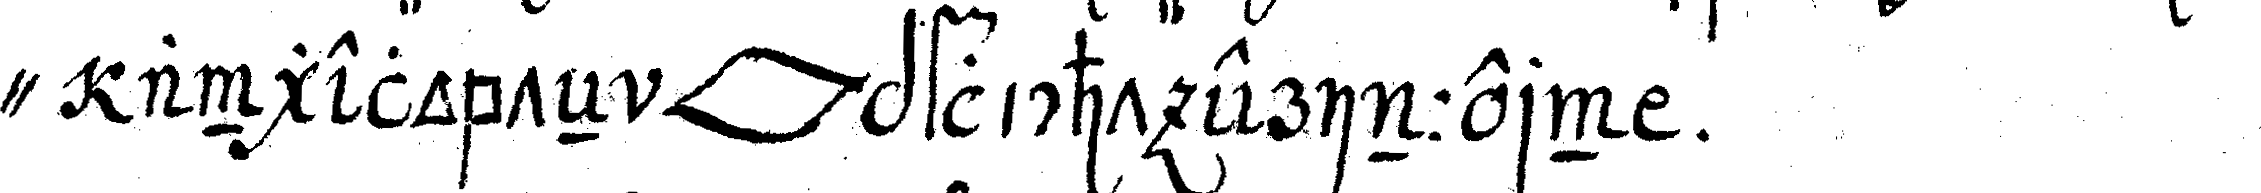
" angelobteN *lip* pflicht erinnern .